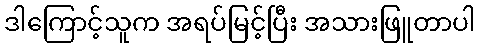
ဒါကြောင့်သူက အရပ်မြင့်ပြီး အသားဖြူတာပါ